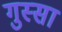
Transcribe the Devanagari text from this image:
गुस्‍सा